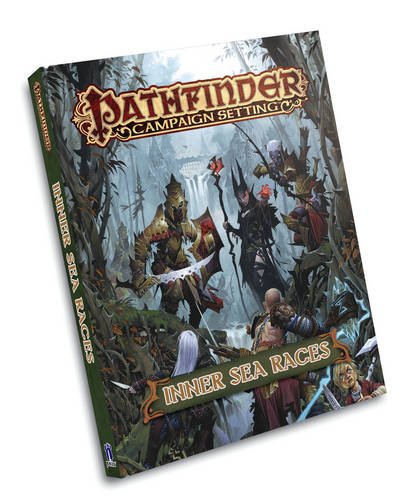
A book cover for Pathfinder Campaign Setting: Inner Sea Races; James Jacobs; Science Fiction & Fantasy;